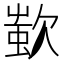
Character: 𣣷